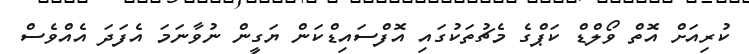
ކުރިއަށް އޮތް ވޯލްޑް ކަޕްގެ މެޗުތަކުގައި އޮފްސައިޑްކަން ޔަގީން ނުވާނަމަ އެފަދަ އެއްވެސް